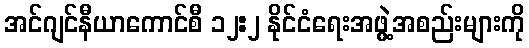
အင်ဂျင်နီယာကောင်စီ ၁၂:၂ နိုင်ငံရေးအဖွဲ့အစည်းများကို